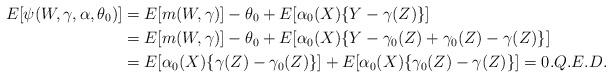
LaTeX: \begin{align*}E[\psi(W,\gamma,\alpha,\theta_{0})] & =E[m(W,\gamma)]-\theta_{0}+E[\alpha_{0}(X)\{Y-\gamma(Z)\}]\\& =E[m(W,\gamma)]-\theta_{0}+E[\alpha_{0}(X)\{Y-\gamma_{0}(Z)+\gamma_{0}(Z)-\gamma(Z)\}]\\& =E[\alpha_{0}(X)\{\gamma(Z)-\gamma_{0}(Z)\}]+E[\alpha_{0}(X)\{\gamma_{0}(Z)-\gamma(Z)\}]=0.Q.E.D.\end{align*}